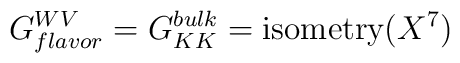
G^{WV}_{flavor} = G_{KK}^{bulk} = \mbox{isometry}(X^7)